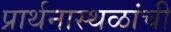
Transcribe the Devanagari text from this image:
प्रार्थनास्थळांची